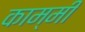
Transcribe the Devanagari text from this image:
काम्मी